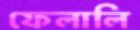
ফেলালি